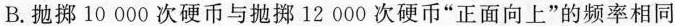
B. 抛掷10000次硬币与抛掷12000次硬币”正面向上”的频率相同